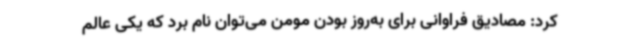
کرد: مصادیق فراوانی برای به‌روز بودن مومن می‌توان نام برد که یکی عالم